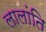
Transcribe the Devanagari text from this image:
लालांति